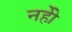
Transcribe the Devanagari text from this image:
नहीें